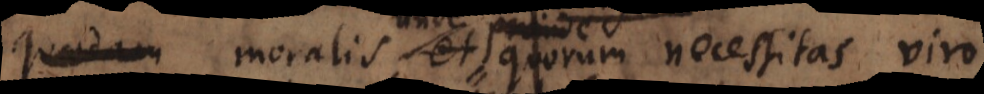
cessitas moralis, unde quorum necessitas viro